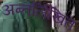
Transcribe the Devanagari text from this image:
अन्तर्लिखित